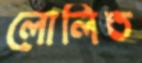
লোলিত